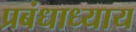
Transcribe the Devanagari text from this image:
प्रबंधाध्याय